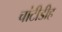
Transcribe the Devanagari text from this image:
चांटीडीह